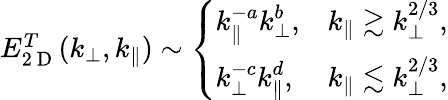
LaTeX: \begin{array}{r}{E_{2\mathrm{~D~}}^{T}(k_{\perp},k_{\parallel})\sim\left\{ \begin{array}{ll}{\displaystyle k_{\parallel}^{-a}k_{\perp}^{b},}&{\displaystyle k_{\parallel}\gtrsim k_{\perp}^{2/3},}\\ {\displaystyle k_{\perp}^{-c}k_{\parallel}^{d},}&{\displaystyle k_{\parallel}\lesssim k_{\perp}^{2/3},}\end{array}\right.}\end{array}